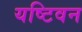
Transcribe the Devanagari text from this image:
यष्टिवन